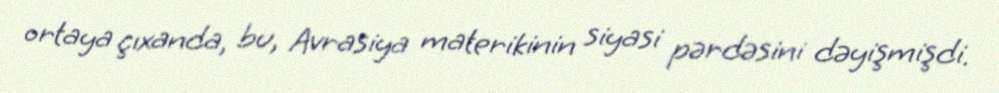
ortaya çıxanda, bu, Avrasiya materikinin siyasi pərdəsini dəyişmişdi.